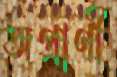
অপ্রাণী